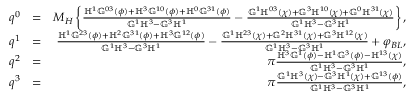
\begin{array} { r l r } { q ^ { 0 } } & { = } & { M _ { H } \left\{ \frac { \mathbb { H } ^ { 1 } \mathbb { G } ^ { 0 3 } ( \phi ) + \mathbb { H } ^ { 3 } \mathbb { G } ^ { 1 0 } ( \phi ) + \mathbb { H } ^ { 0 } \mathbb { G } ^ { 3 1 } ( \phi ) } { \mathbb { G } ^ { 1 } \mathbb { H } ^ { 3 } - \mathbb { G } ^ { 3 } \mathbb { H } ^ { 1 } } - \frac { \mathbb { G } ^ { 1 } \mathbb { H } ^ { 0 3 } ( \chi ) + \mathbb { G } ^ { 3 } \mathbb { H } ^ { 1 0 } ( \chi ) + \mathbb { G } ^ { 0 } \mathbb { H } ^ { 3 1 } ( \chi ) } { \mathbb { G } ^ { 1 } \mathbb { H } ^ { 3 } - \mathbb { G } ^ { 3 } \mathbb { H } ^ { 1 } } \right\} , } \\ { q ^ { 1 } } & { = } & { \frac { \mathbb { H } ^ { 1 } \mathbb { G } ^ { 2 3 } ( \phi ) + \mathbb { H } ^ { 2 } \mathbb { G } ^ { 3 1 } ( \phi ) + \mathbb { H } ^ { 3 } \mathbb { G } ^ { 1 2 } ( \phi ) } { \mathbb { G } ^ { 1 } \mathbb { H } ^ { 3 } - \mathbb { G } ^ { 3 } \mathbb { H } ^ { 1 } } - \frac { \mathbb { G } ^ { 1 } \mathbb { H } ^ { 2 3 } ( \chi ) + \mathbb { G } ^ { 2 } \mathbb { H } ^ { 3 1 } ( \chi ) + \mathbb { G } ^ { 3 } \mathbb { H } ^ { 1 2 } ( \chi ) } { \mathbb { G } ^ { 1 } \mathbb { H } ^ { 3 } - \mathbb { G } ^ { 3 } \mathbb { H } ^ { 1 } } + \varphi _ { B L } , } \\ { q ^ { 2 } } & { = } & { \pi \frac { \mathbb { H } ^ { 3 } \mathbb { G } ^ { 1 } ( \phi ) - \mathbb { H } ^ { 1 } \mathbb { G } ^ { 3 } ( \phi ) - \mathbb { H } ^ { 1 3 } ( \chi ) } { \mathbb { G } ^ { 1 } \mathbb { H } ^ { 3 } - \mathbb { G } ^ { 3 } \mathbb { H } ^ { 1 } } , } \\ { q ^ { 3 } } & { = } & { \pi \frac { \mathbb { G } ^ { 1 } \mathbb { H } ^ { 3 } ( \chi ) - \mathbb { G } ^ { 3 } \mathbb { H } ^ { 1 } ( \chi ) + \mathbb { G } ^ { 1 3 } ( \phi ) } { \mathbb { G } ^ { 1 } \mathbb { H } ^ { 3 } - \mathbb { G } ^ { 3 } \mathbb { H } ^ { 1 } } , } \end{array}